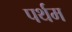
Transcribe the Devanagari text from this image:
पर्थम